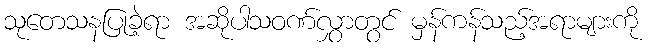
သုတေသနပြုခဲ့ရာ အဆိုပါသဝဏ်လွှာတွင် မှန်ကန်သည့်အရာများကို